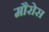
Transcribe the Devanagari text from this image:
मौरोस